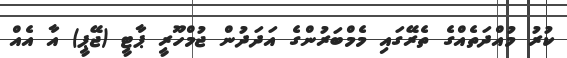
ކުރު މުއްދަތެއްގެ ތެރޭގައި މެމްބަރުންގެ އަދަދުން ޖުމްހޫރީ ޕާޓީ (ޖޭޕީ) އާ އެއް